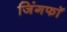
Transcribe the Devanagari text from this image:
जिंगफाॅ